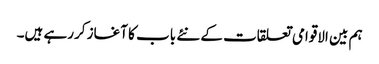
ہم بین الاقوامی تعلقات کے نئے باب کا آغاز کررہے ہیں۔